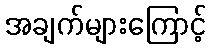
အချက်များကြောင့်